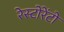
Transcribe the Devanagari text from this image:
रेस्‍टोरेंटो